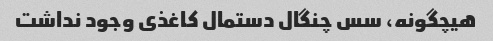
هیچگونه، سس چنگال دستمال کاغذی وجود نداشت